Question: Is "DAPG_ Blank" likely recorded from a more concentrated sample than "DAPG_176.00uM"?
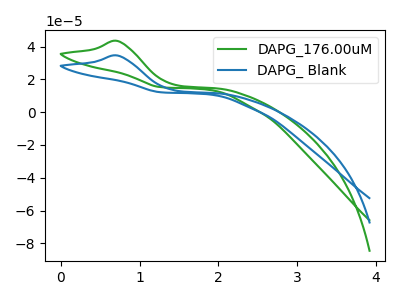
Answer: <think>The green curve "DAPG_176.00uM" has an anodic peak at: (0.70V, 43.50uA). The blue curve "DAPG_ Blank" has an anodic peak at: (0.70V, 34.60uA).
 All the peaks in "DAPG_ Blank" have a peak in "DAPG_176.00uM" at the same potential. Every peak in "DAPG_ Blank" is lower than every peak in "DAPG_176.00uM".</think>
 <answer>"DAPG_ Blank" has less signal than "DAPG_176.00uM".</answer>
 <eval>less_signal</eval>